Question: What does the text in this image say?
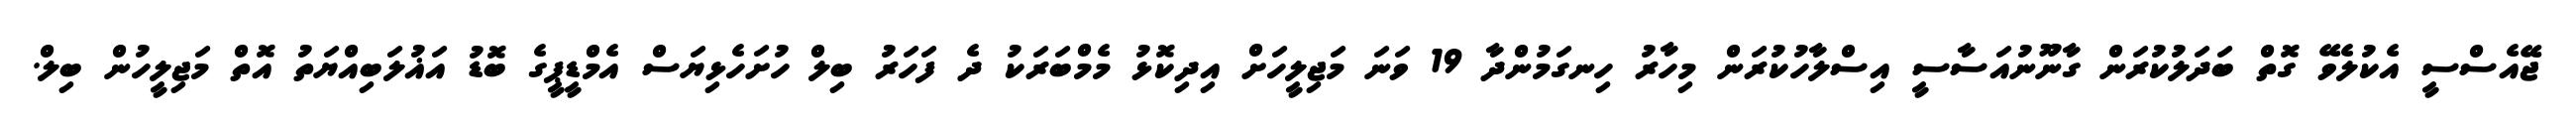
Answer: ޖޭއެސްސީ އެކުލެވޭ ގޮތް ބަދަލުކުރަން ގާނޫނުއަސާސީ އިސްލާހުކުރަން މިހާރު ހިނގަމުންދާ 19 ވަނަ މަޖިލީހަށް އިދިކޮޅު މެމްބަރަކު ދެ ފަހަރު ބިލް ހުށަހެޅިޔަސް އެމްޑީޕީގެ ބޮޑު އަޣުލަބިއްޔަތު އޮތް މަޖިލީހުން ބިލް.